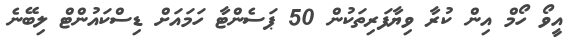
އީވޯ ހޯމް އިން ކުރާ ވިޔާފަރިތަކުން 50 ޕަސެންޓާ ހަމައަށް ޑިސްކައުންޓް ލިބޭނެ